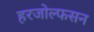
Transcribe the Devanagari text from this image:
हरजोल्फसन